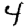
Digit: 4